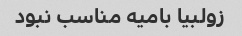
زولبیا بامیه مناسب نبود